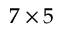
7 \times 5